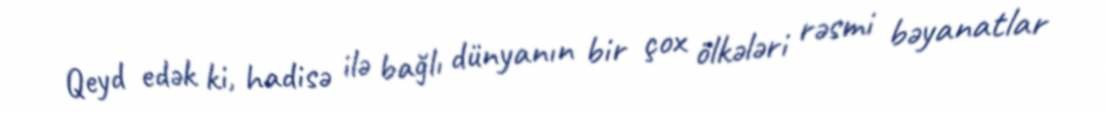
Qeyd edək ki, hadisə ilə bağlı dünyanın bir çox ölkələri rəsmi bəyanatlar